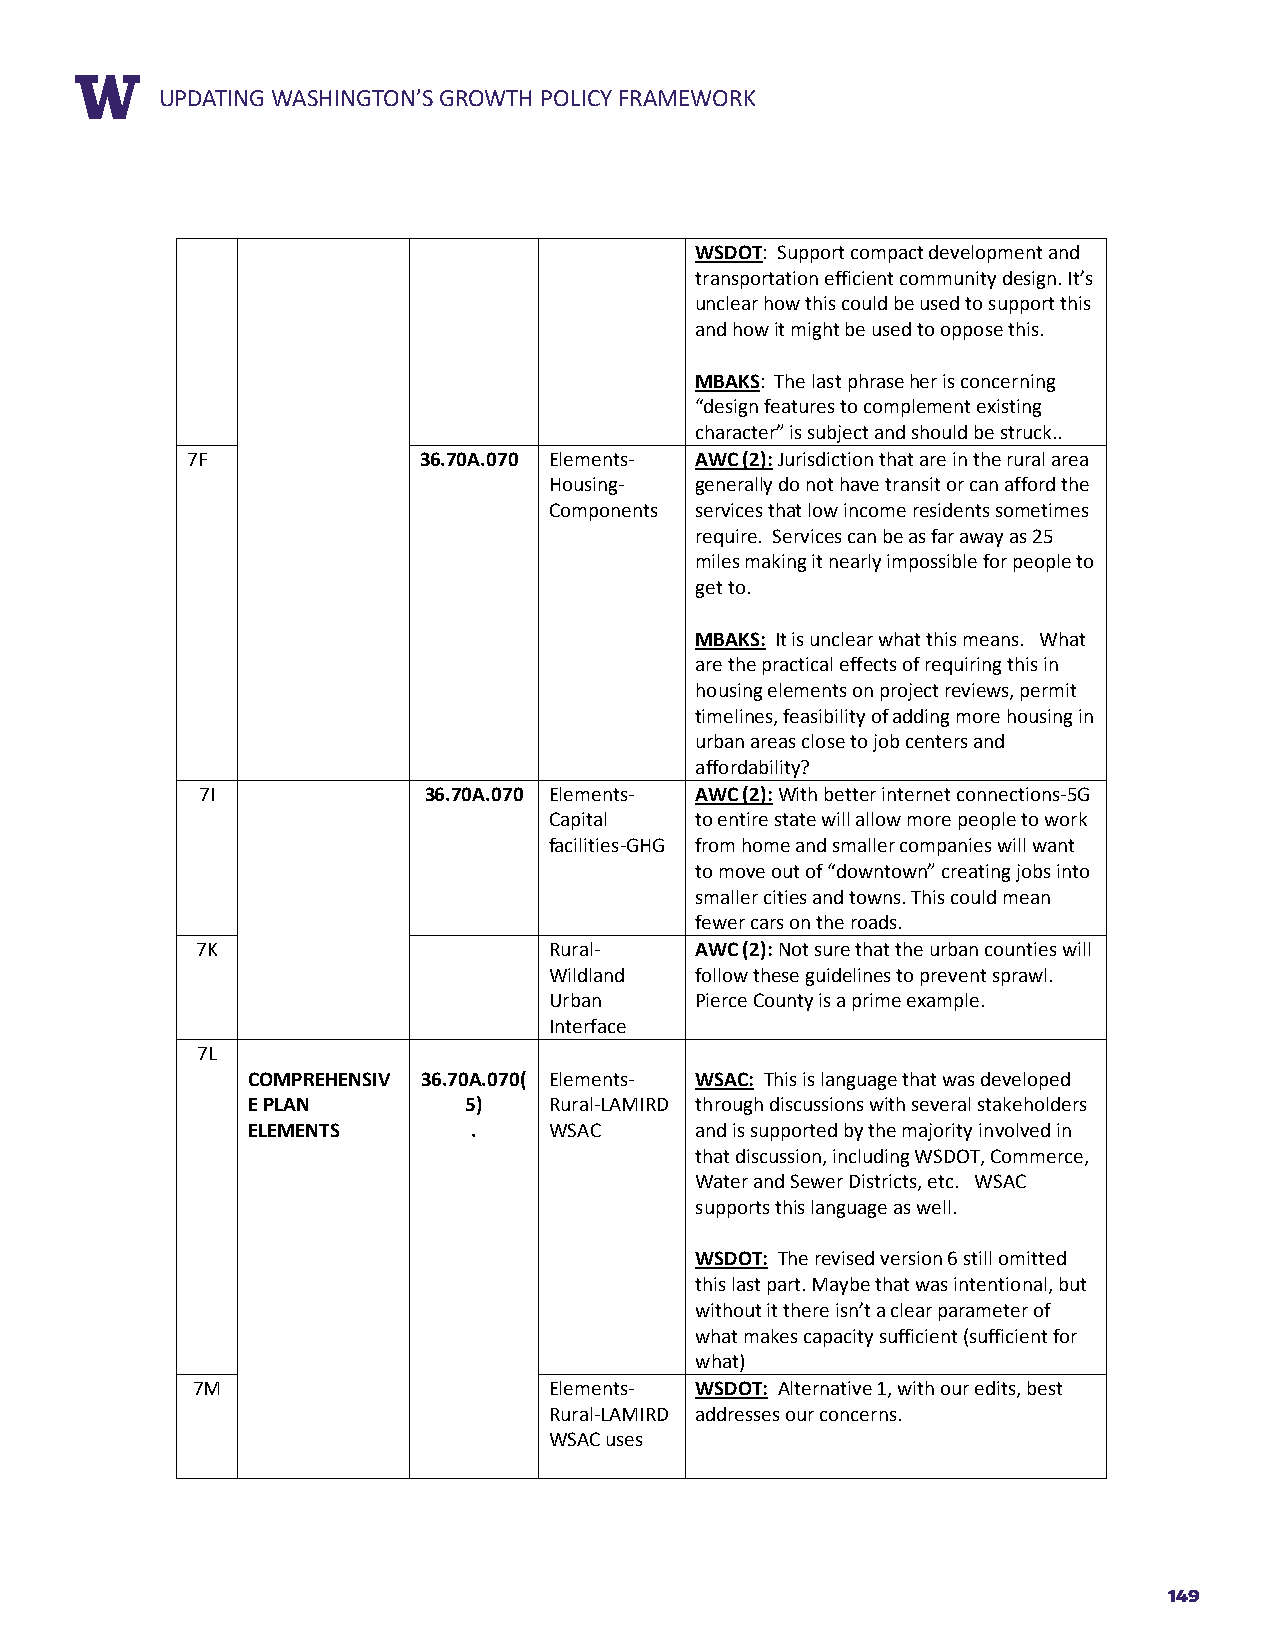
RUEPPDOARTTIN TGIT WLEASHINGTON’S GROWTH POLICY FRAMEWORK
 WSDOT: Support compact development and
 transportation efficient community design. It’s
 unclear how this could be used to support this
 and how it might be used to oppose this.
 MBAKS: The last phrase her is concerning
 “design features to complement existing
 character” is subject and should be struck..
 7F              36.70A.070 Elements- AWC (2): Jurisdiction that are in the rural area
 Housing-  generally do not have transit or can afford the
 Components services that low income residents sometimes
 require. Services can be as far away as 25
 miles making it nearly impossible for people to
 get to.
 MBAKS: It is unclear what this means. What
 are the practical effects of requiring this in
 housing elements on project reviews, permit
 timelines, feasibility of adding more housing in
 urban areas close to job centers and
 affordability?
 7I             36.70A.070 Elements- AWC (2): With better internet connections-5G
 Capital   to entire state will allow more people to work
 facilities-GHG from home and smaller companies will want
 to move out of “downtown” creating jobs into
 smaller cities and towns. This could mean
 fewer cars on the roads.
 7K                     Rural-    AWC (2): Not sure that the urban counties will
 Wildland  follow these guidelines to prevent sprawl.
 Urban     Pierce County is a prime example.
 Interface
 7L
 COMPREHENSIV 36.70A.070( Elements- WSAC: This is language that was developed
 E PLAN         5)   Rural-LAMIRD through discussions with several stakeholders
 ELEMENTS       .    WSAC      and is supported by the majority involved in
 that discussion, including WSDOT, Commerce,
 Water and Sewer Districts, etc. WSAC
 supports this language as well.
 WSDOT: The revised version 6 still omitted
 this last part. Maybe that was intentional, but
 without it there isn’t a clear parameter of
 what makes capacity sufficient (sufficient for
 what)
 7M                     Elements- WSDOT: Alternative 1, with our edits, best
 Rural-LAMIRD addresses our concerns.
 WSAC uses
 149